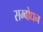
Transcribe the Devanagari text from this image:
सम्‍बोधन